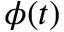
\phi ( t )